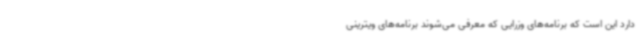
دارد این است که برنامه‌های وزرایی که معرفی می‌شوند برنامه‌های ویترینی